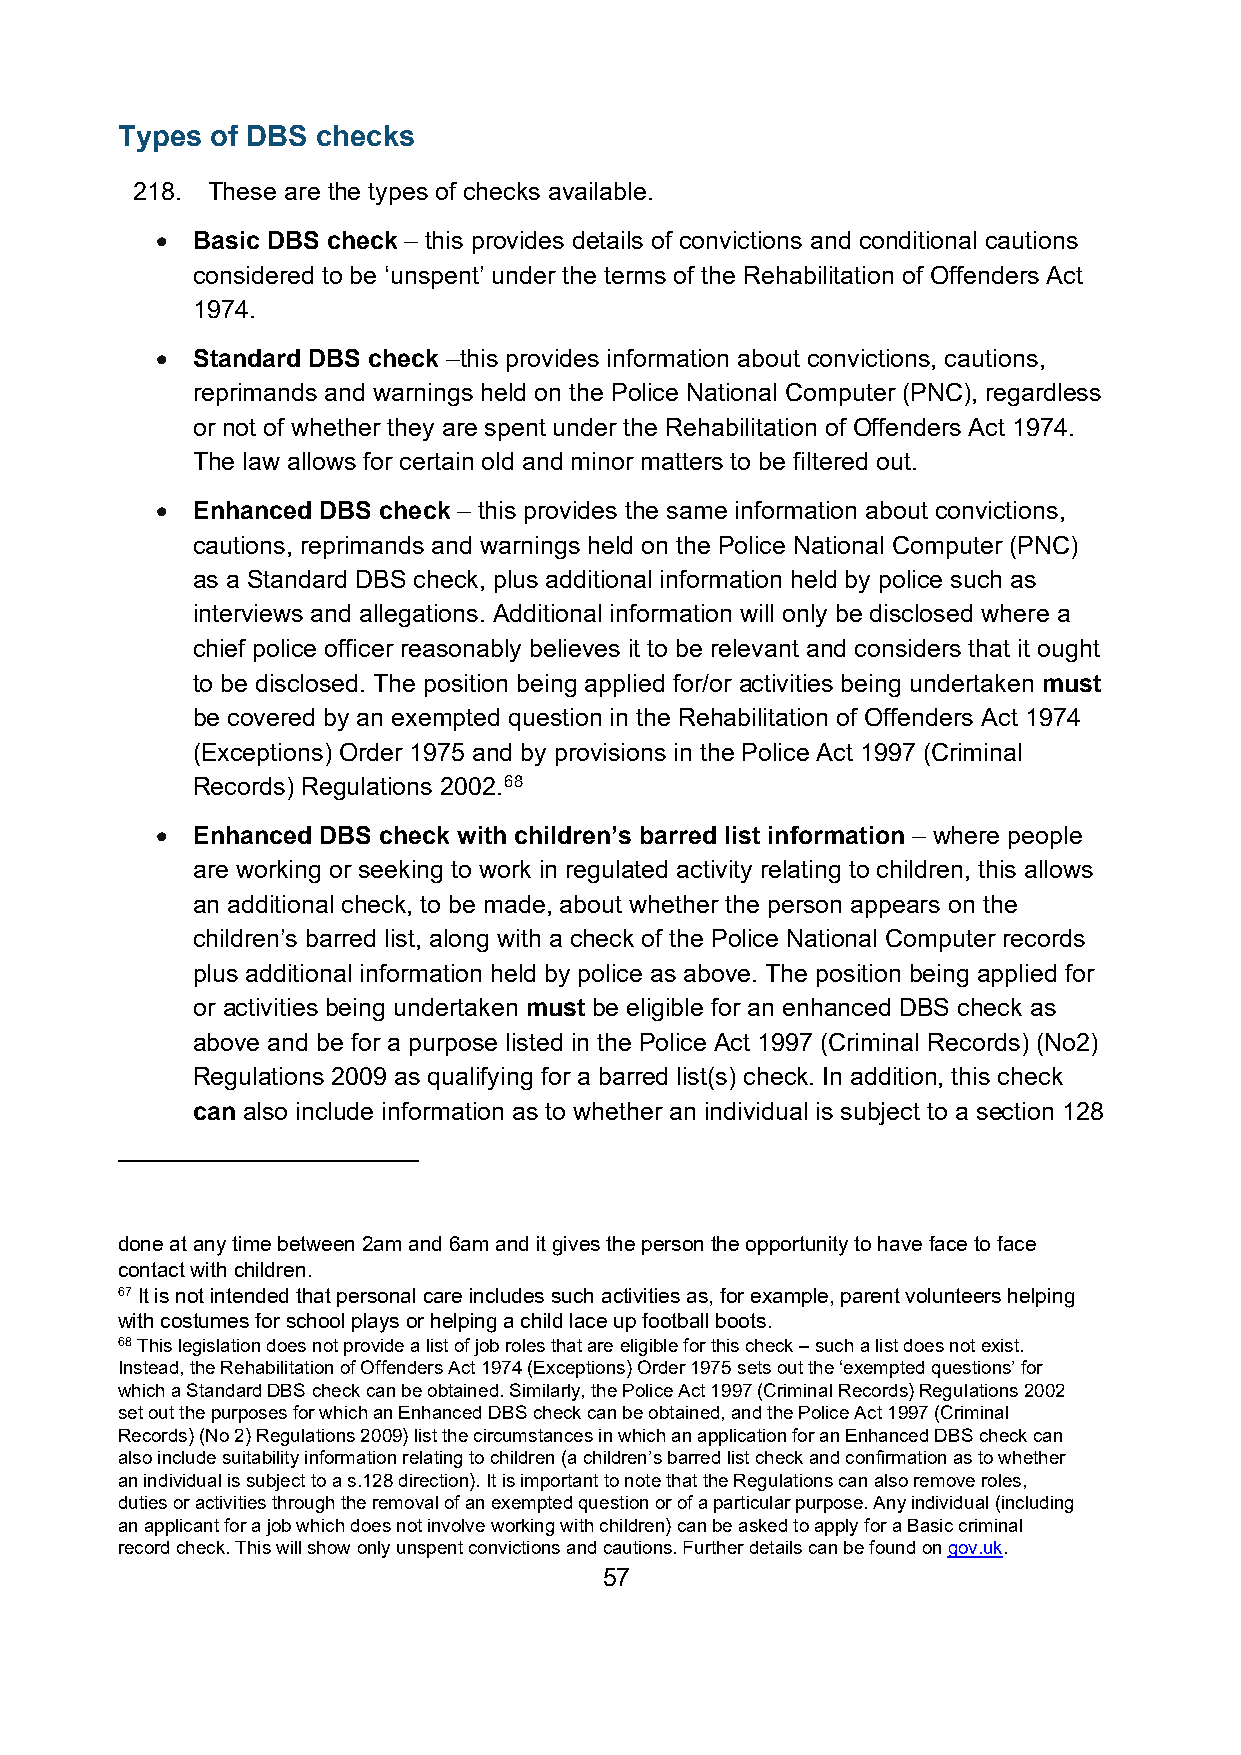
Types of DBS checks
 218. These are the types of checks available.
 •  Basic DBS check – this provides details of convictions and conditional cautions
 considered to be ‘unspent’ under the terms of the Rehabilitation of Offenders Act
 1974.
 •  Standard DBS check –this provides information about convictions, cautions,
 reprimands and warnings held on the Police National Computer (PNC), regardless
 or not of whether they are spent under the Rehabilitation of Offenders Act 1974.
 The law allows for certain old and minor matters to be filtered out.
 •  Enhanced DBS check – this provides the same information about convictions,
 cautions, reprimands and warnings held on the Police National Computer (PNC)
 as a Standard DBS check, plus additional information held by police such as
 interviews and allegations. Additional information will only be disclosed where a
 chief police officer reasonably believes it to be relevant and considers that it ought
 to be disclosed. The position being applied for/or activities being undertaken must
 be covered by an exempted question in the Rehabilitation of Offenders Act 1974
 (Exceptions) Order 1975 and by provisions in the Police Act 1997 (Criminal
 Records) Regulations 2002.68
 •  Enhanced DBS check with children’s barred list information – where people
 are working or seeking to work in regulated activity relating to children, this allows
 an additional check, to be made, about whether the person appears on the
 children’s barred list, along with a check of the Police National Computer records
 plus additional information held by police as above. The position being applied for
 or activities being undertaken must be eligible for an enhanced DBS check as
 above and be for a purpose listed in the Police Act 1997 (Criminal Records) (No2)
 Regulations 2009 as qualifying for a barred list(s) check. In addition, this check
 can also include information as to whether an individual is subject to a section 128
 done at any time between 2am and 6am and it gives the person the opportunity to have face to face
 contact with children.
 67 It is not intended that personal care includes such activities as, for example, parent volunteers helping
 with costumes for school plays or helping a child lace up football boots.
 68 This legislation does not provide a list of job roles that are eligible for this check – such a list does not exist.
 Instead, the Rehabilitation of Offenders Act 1974 (Exceptions) Order 1975 sets out the ‘exempted questions’ for
 which a Standard DBS check can be obtained. Similarly, the Police Act 1997 (Criminal Records) Regulations 2002
 set out the purposes for which an Enhanced DBS check can be obtained, and the Police Act 1997 (Criminal
 Records) (No 2) Regulations 2009) list the circumstances in which an application for an Enhanced DBS check can
 also include suitability information relating to children (a children’s barred list check and confirmation as to whether
 an individual is subject to a s.128 direction). It is important to note that the Regulations can also remove roles,
 duties or activities through the removal of an exempted question or of a particular purpose. Any individual (including
 an applicant for a job which does not involve working with children) can be asked to apply for a Basic criminal
 record check. This will show only unspent convictions and cautions. Further details can be found on gov.uk.
 57